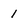
Character: 1